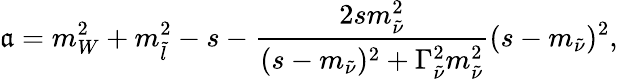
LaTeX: \mathfrak{a}=m_{W}^{2}+m_{\tilde{{l}}}^{2}-s-\frac{{2sm_{\tilde{{\nu}}}^{2}}}{{(s-m_{\tilde{{\nu}}})^{2}+\Gamma_{\tilde{{\nu}}}^{2}m_{\tilde{{\nu}}}^{2}}}{(s-m_{\tilde{{\nu}}})^{2}},